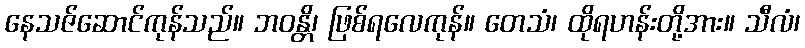
နေသဇ်ဆောင်ကုန်သည်။ ဘဝန္တိ၊ ဖြစ်ရလေကုန်။ တေသံ၊ ထိုရဟန်းတို့အား။ သီလံ၊